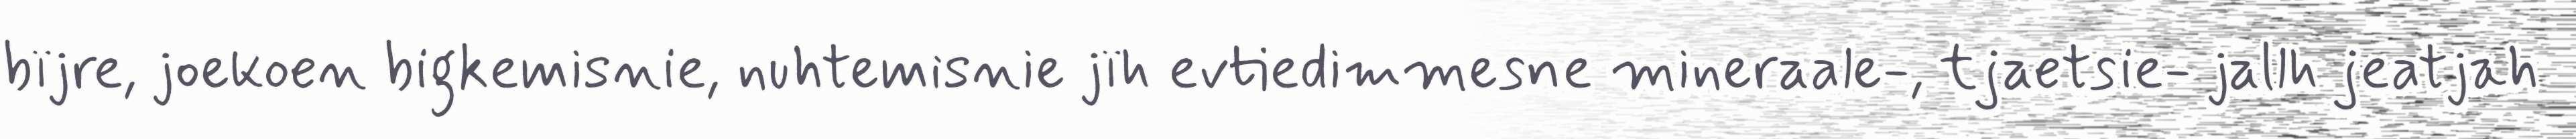
bïjre, joekoen bigkemisnie, nuhtemisnie jïh evtiedimmesne mineraale-, tjaetsie- jallh jeatjah